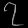
Digit: ၇